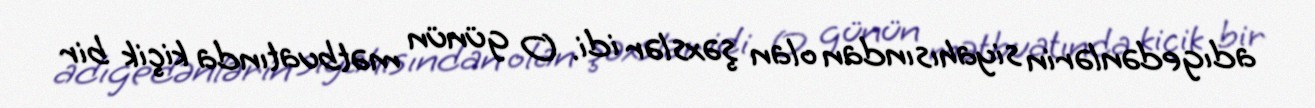
adıgedənlərin siyahısından olan şəxslər idi. O günün mətbuatında kiçik bir